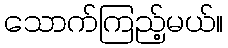
သောက်ကြည့်မယ်။